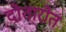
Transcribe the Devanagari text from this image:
दोतारोत